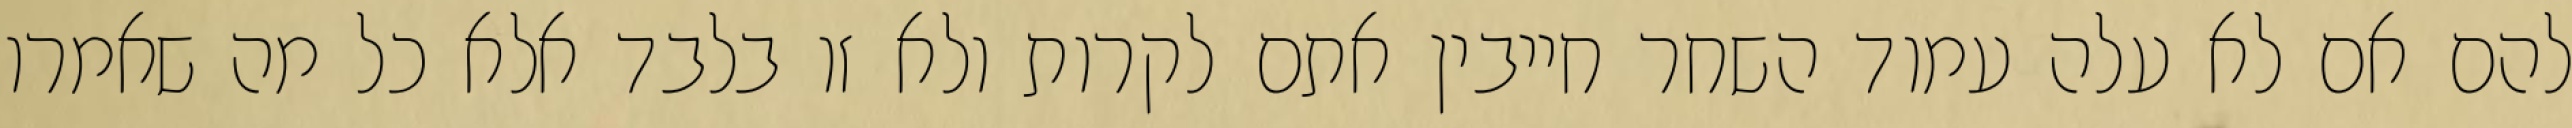
להם אם לא עלה עמוד השחר חייבין אתם לקרות ולא זו בלבד אלא כל מה שאמרו